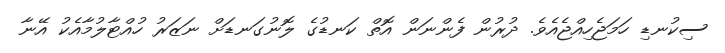
ސިކުނޑި ހަމަޖެހިއްޖެއެވެ. ދުރުން ފެންނަން އޮތް ކަނޑުގެ ލޮނުގަނޑަށް ނަޒަރު ހުއްޓާލުމާއެކު އޭނާ